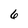
Character: 6